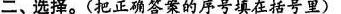
二、选择。(把正确答案的序号填在括号里)。